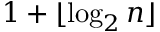
1 + \lfloor \log _ { 2 } n \rfloor